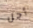
أجل